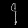
Digit: ၄